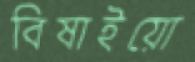
বিষাইয়ো